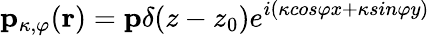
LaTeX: \mathbf{p}_{\kappa,\varphi}(\mathbf{r})=\mathbf{p}\delta(z-z_{0})e^{i(\kappa{cos\varphi}x+\kappa{sin\varphi}y)}